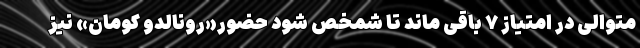
متوالی در امتیاز ۷ باقی ماند تا شمخص شود حضور«رونالدو کومان» نیز